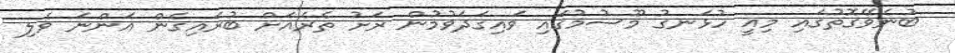
ބުނެވޭގޮތުގައި މިއީ ހުޅަނގު މޫސުމުގައި ވައިގަދަވުމުން ރަށު ތެރެއަށް ބުރައިގެން އަންނަ ވެލި